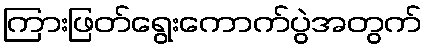
ကြားဖြတ်ရွေးကောက်ပွဲအတွက်